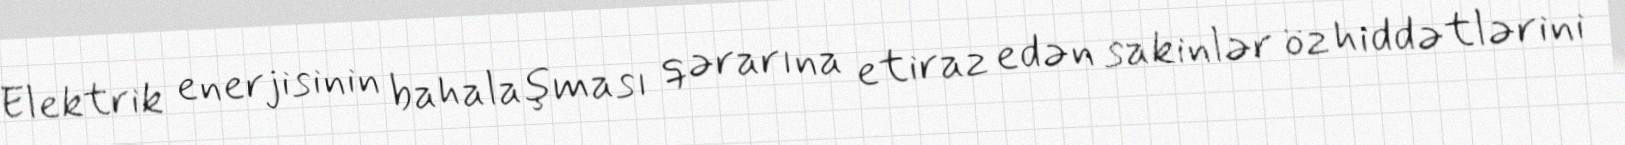
Elektrik enerjisinin bahalaşması qərarına etiraz edən sakinlər öz hiddətlərini